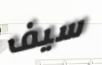
سيف